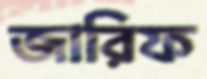
জারিফ